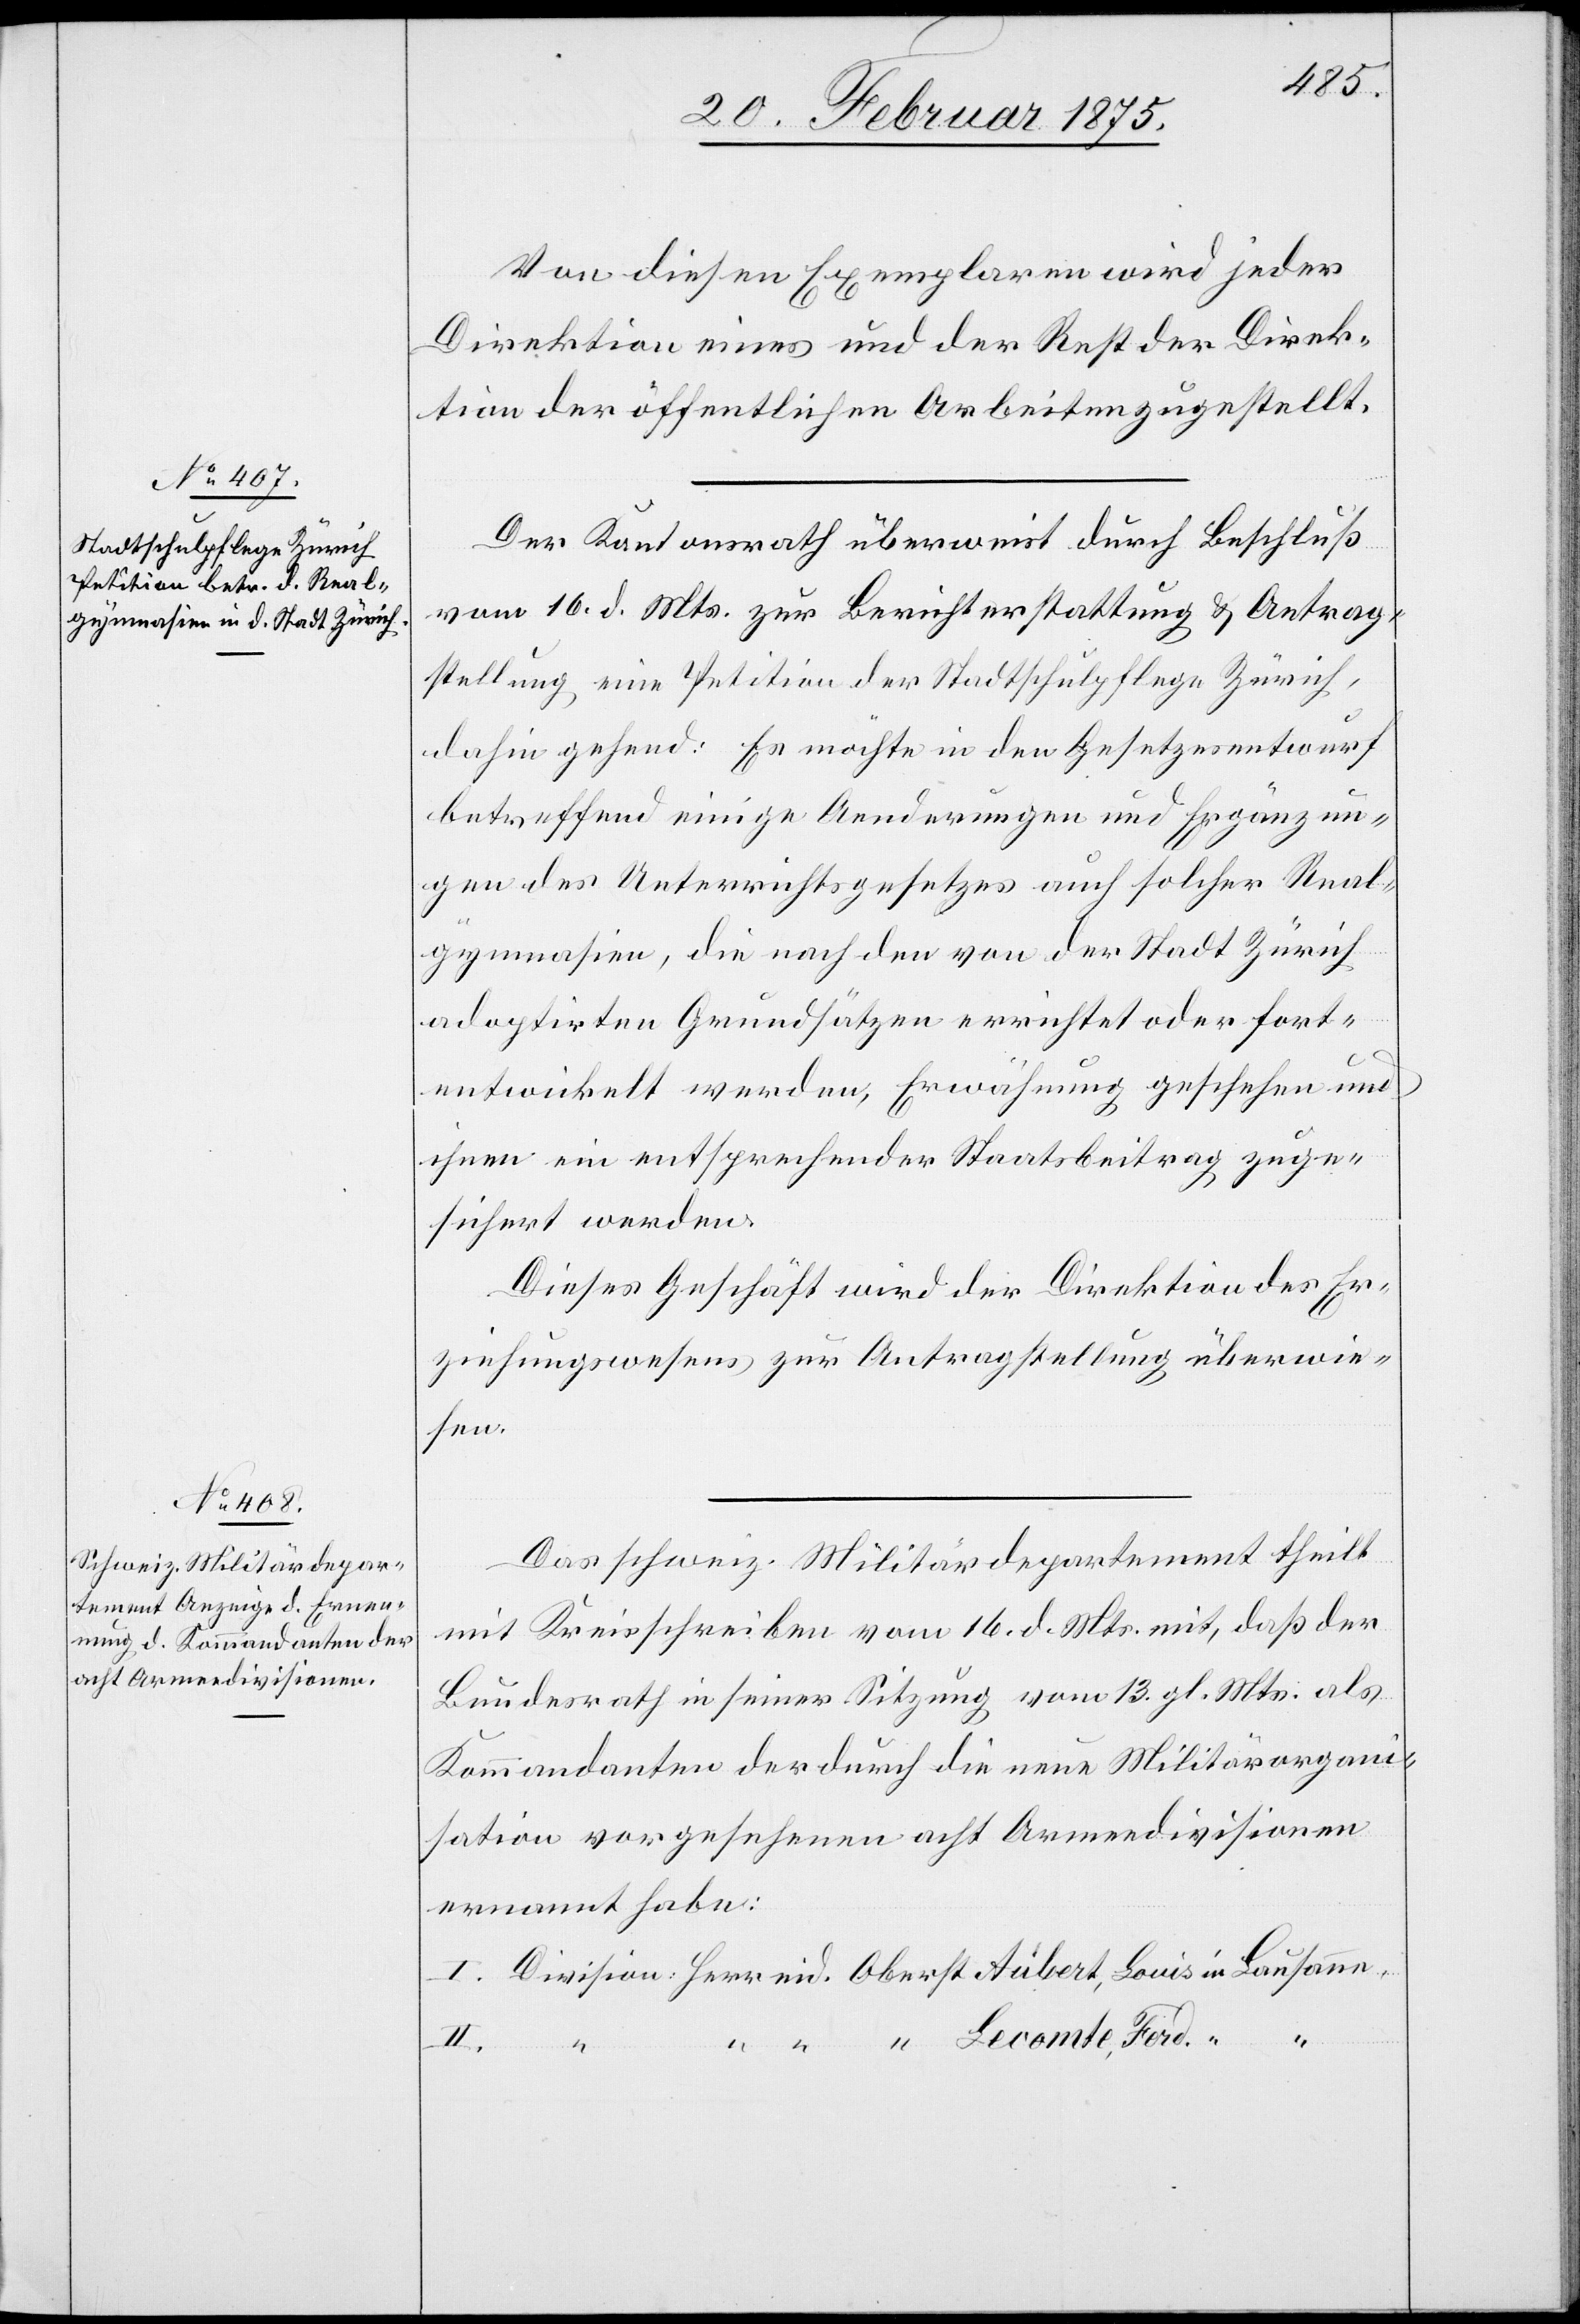
Von diesen Exemplaren wird jeder
Direktion eines und der Rest der Direk¬
tion der öffentlichen Arbeiten zugestellt.
Der Kantonsrath überweist durch Beschluß
vom 16. d. Mts. zur Berichterstattung & Antrag¬
stellung eine Petition der Stadtschulpflege Zürich,
dahin gehend: Es möchte in den Gesetzesentwurf
betreffend einige Aenderungen und Ergänzun¬
gen des Unterrichtsgesetzes auch solcher Real¬
gymnasien, die nach den von der Stadt Zürich
adoptirten Grundsätzen errichtet oder fort¬
entwickelt werden, Erwähnung geschehen und
ihnen ein entsprechender Staatsbeitrag zuge¬
sichert werden.
Dieses Geschäft wird der Direktion des Er¬
ziehungswesens zur Antragstellung überwie¬
sen.
Das schweiz. Militärdepartement theilt
mit Kreisschreiben vom 16. d. Mts. mit, daß der
Bundesrath in seiner Sitzung vom 13. gl. Mts. als
Kommandanten der durch die neue Militärorgani¬
sation vorgesehenen acht Armeedivisionen
ernannt habe:
I.
eid.